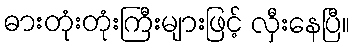
ဓားတုံးတုံးကြီးများဖြင့် လှီးနေပြီ။